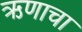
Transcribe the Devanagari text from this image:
ऋणाचा